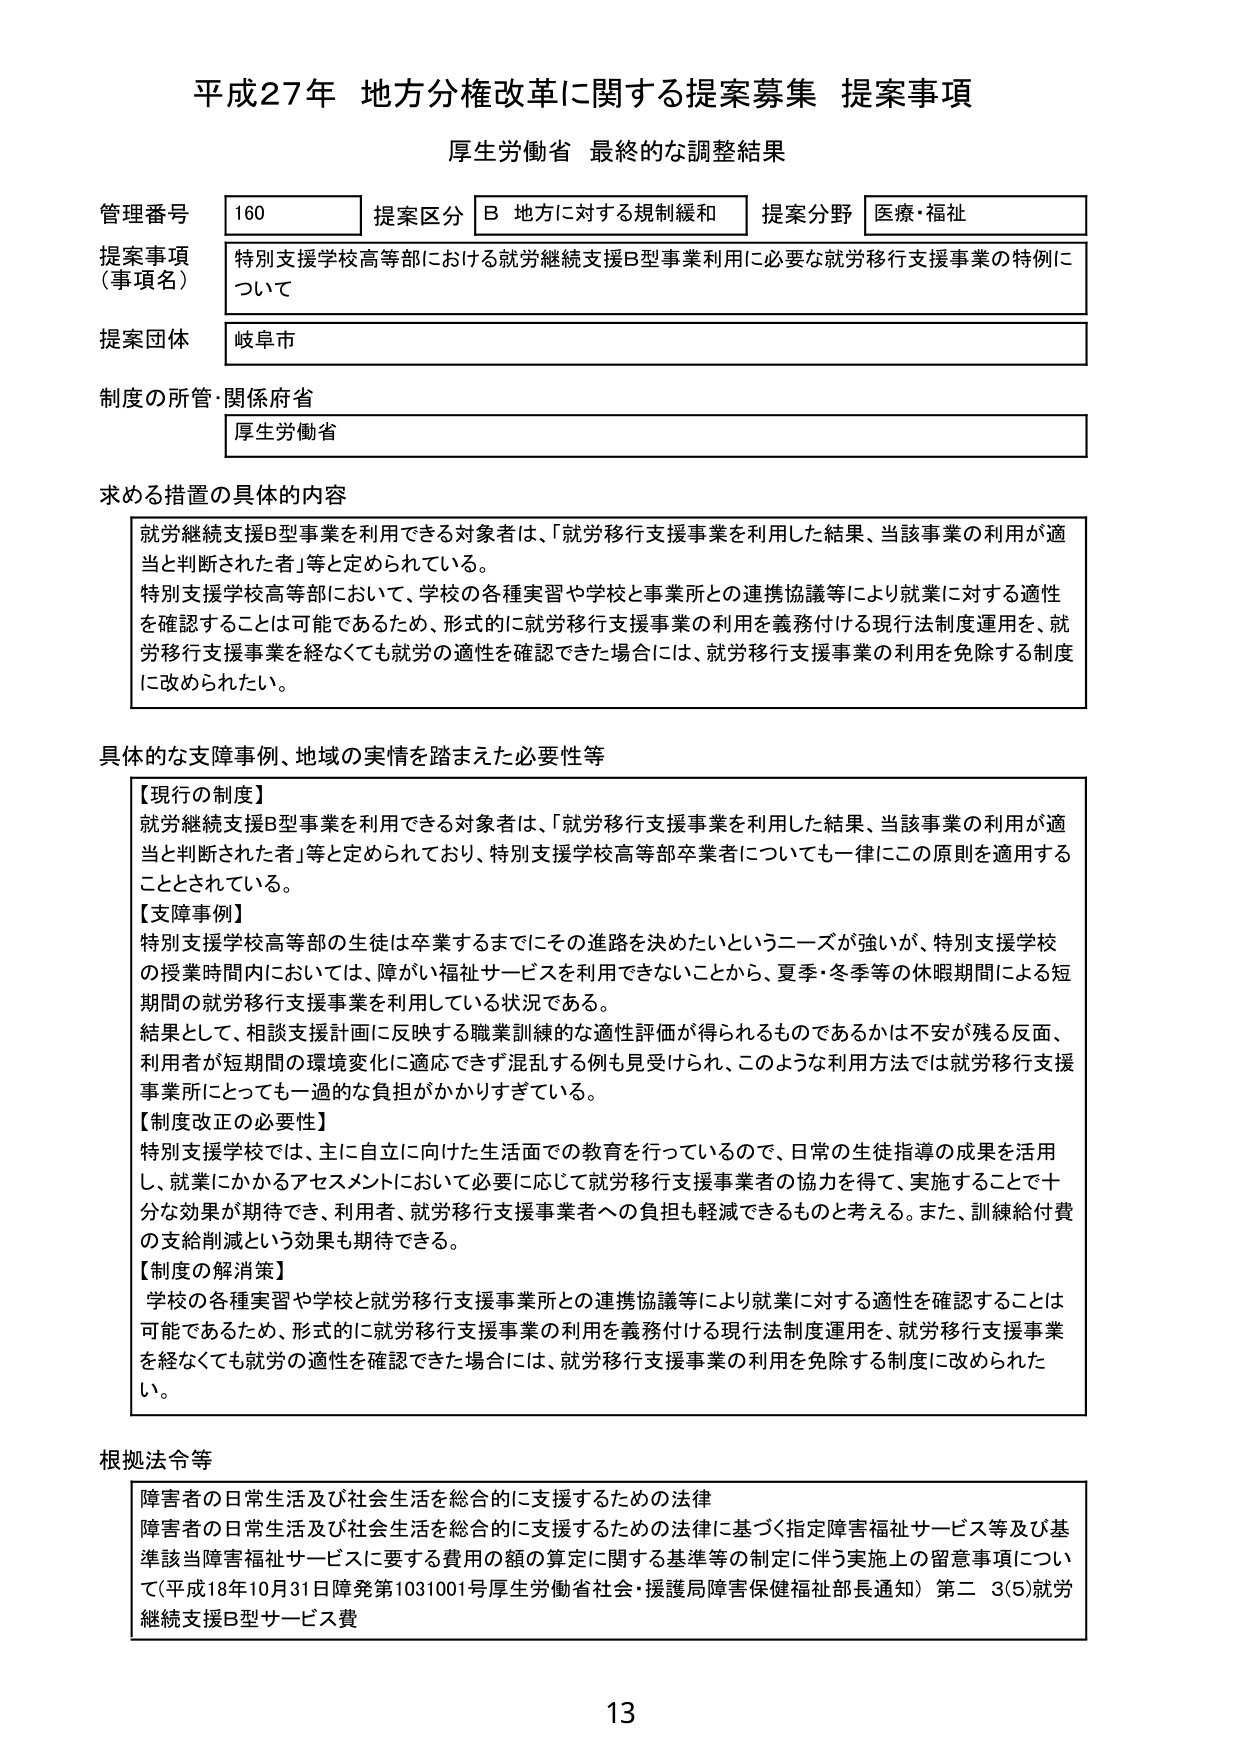
平成27年 地方分権改革に関する提案募集 提案事項
厚生労働省 最終的な調整結果

管理番号 160 提案区分 B 地方に対する規制緩和 提案分野 医療・福祉
提案事項（事項名） 特別支援学校高等部における就労継続支援B型事業利用に必要な就労移行支援事業の特例について
提案団体 岐阜市
制度の所管・関係府省 厚生労働省

求める措置の具体的内容
就労継続支援B型事業を利用できる対象者は、「就労移行支援事業を利用した結果、当該事業の利用が適当と判断された者」等と定められている。
特別支援学校高等部において、学校の各種実習や学校と事業所との連携協議等により就業に対する適性を確認することは可能であるため、形式的に就労移行支援事業の利用を義務付ける現行法制度運用を、就労移行支援事業を経なくても就労の適性を確認できた場合には、就労移行支援事業の利用を免除する制度に改められた。

具体的な支援事例、地域の実情を踏まえた必要性等
【現行の制度】
就労継続支援B型事業を利用できる対象者は、「就労移行支援事業を利用した結果、当該事業の利用が適当と判断された者」等と定められており、特別支援学校高等部卒業者についても一律にこの原則を適用することとされている。
【支援事例】
特別支援学校高等部の生徒は卒業するまでにその進路を決めたいというニーズが強いが、特別支援学校の授業時間内においては、障がい福祉サービスを利用できないことから、夏季・冬季等の休暇期間による短期間の就労移行支援事業を利用している状況である。
結果として、相談支援計画に反映する職業訓練的な適性評価が得られるものであるかは不安が残る反面、利用者が短期間の環境変化に適応できず混乱する例も見受けられ、このような利用方法では就労移行支援事業所にとっても一過的な負担がかかりすぎている。
【制度改正の必要性】
特別支援学校では、主に自立に向けた生活面での教育を行っているので、日常の生徒指導の成果を活用し、就業にかかるアセスメントにおいて必要に応じて就労移行支援事業者の協力を得て、実施することで十分な効果が期待でき、利用者、就労移行支援事業者への負担も軽減できるものと考える。また、訓練給付費の支給削減という効果も期待できる。
【制度の解消策】
学校の各種実習や学校と就労移行支援事業所との連携協議等により就業に対する適性を確認することは可能であるため、形式的に就労移行支援事業の利用を義務付ける現行法制度運用を、就労移行支援事業を経なくても就労の適性を確認できた場合には、就労移行支援事業の利用を免除する制度に改められた。

根拠法令等
障害者の日常生活及び社会生活を総合的に支援するための法律
障害者の日常生活及び社会生活を総合的に支援するための法律に基づく指定障害福祉サービス等及び基準該当障害福祉サービスに要する費用の額の算定に関する基準等の制定に伴う実施上の留意事項について（平成18年10月31日障発第1031001号厚生労働省社会・援護局障害保健福祉部長通知）第二 3(5)就労継続支援B型サービス費

13